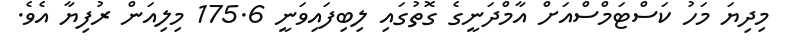
މިދިޔަ މަހު ކަސްޓަމްސްއަށް އާމްދަނީގެ ގޮތުގައި ލިބިފައިވަނީ 175.6 މިލިއަން ރުފިޔާ އެވެ.